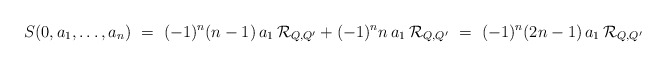
\begin{align*}S(0,a_1,\ldots , a_n)\ =\ (-1)^n (n-1)\,a_1\, {\mathcal R}_{Q,Q'} + (-1)^n n\,a_1\, {\mathcal R}_{Q,Q'}\ =\ (-1)^n (2n-1)\, a_1\, {\mathcal R}_{Q,Q'}\end{align*}